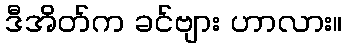
ဒီအိတ်က ခင်ဗျား ဟာလား။